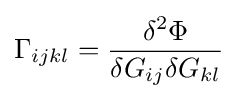
\Gamma _{ijkl}={\frac {\delta ^{2}\Phi }{\delta G_{ij}\delta G_{kl}}}